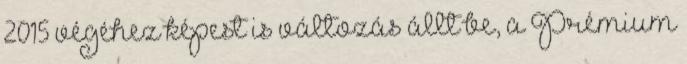
2015 végéhez képest is változás állt be, a Prémium